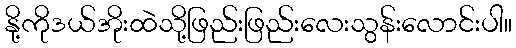
နို့ကိုဒယ်အိုးထဲသို့ဖြည်းဖြည်းလေးသွန်းလောင်းပါ။